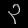
Digit: ၃